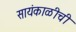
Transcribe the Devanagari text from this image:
सायंकाळीची